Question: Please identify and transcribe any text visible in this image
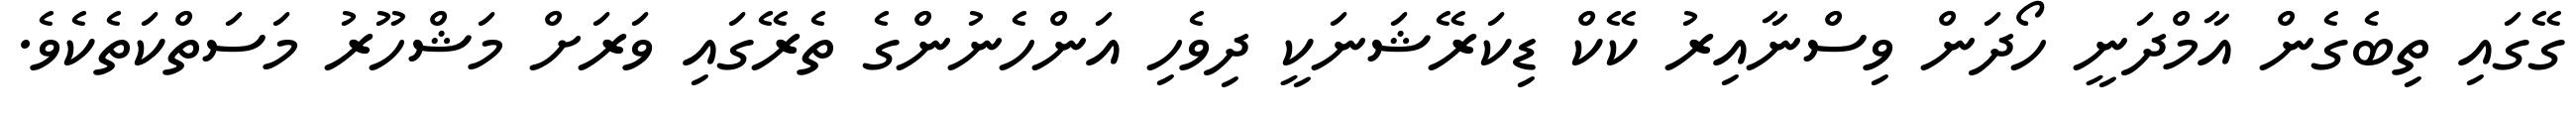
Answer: ގޭގައި ތިބެގެން އާމްދަނީ ހޯދަން ވިސްނާއިރު ކޭކް ޑިކަރޭޝަނަކީ ދިވެހި އަންހެނުންގެ ތެރޭގައި ވަރަށް މަޝްހޫރު މަސަތްކަތެކެވެ.